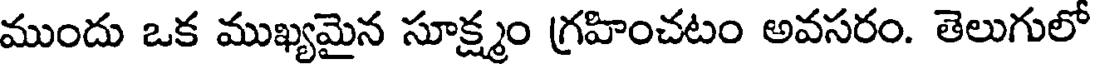
ముందు ఒక ముఖ్యమైన సూక్ష్మం గ్రహించటం అవసరం. తెలుగులో